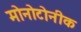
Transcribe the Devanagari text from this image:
मोनोटोनीक